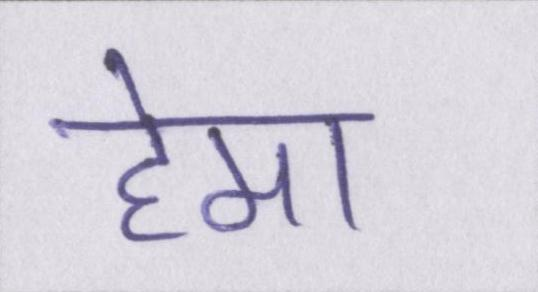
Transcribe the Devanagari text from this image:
हेमा